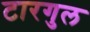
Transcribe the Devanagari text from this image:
टारगुल